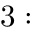
3 :